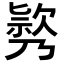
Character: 𣤃